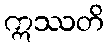
ဣဿတိ